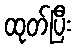
ထုတ်ပြီး